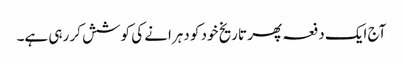
آج ایک دفعہ پھر تاریخ خود کو دہرانے کی کوشش کر رہی ہے۔